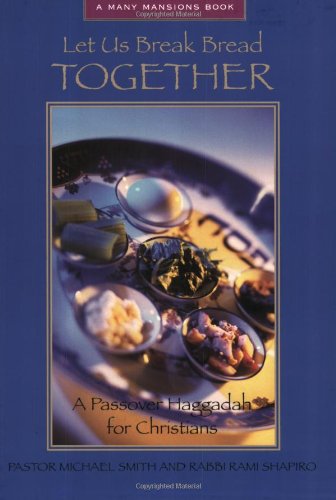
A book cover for Let Us Break Bread Together: A Passover Haggadah For Christians (Many Mansions); Michael Smith; Religion & Spirituality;